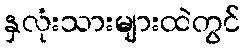
နှလုံးသားများထဲတွင်